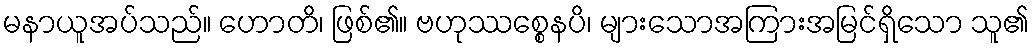
မနာယူအပ်သည်။ ဟောတိ၊ ဖြစ်၏။ ဗဟုဿစ္စေနပိ၊ များသောအကြားအမြင်ရှိသော သူ၏